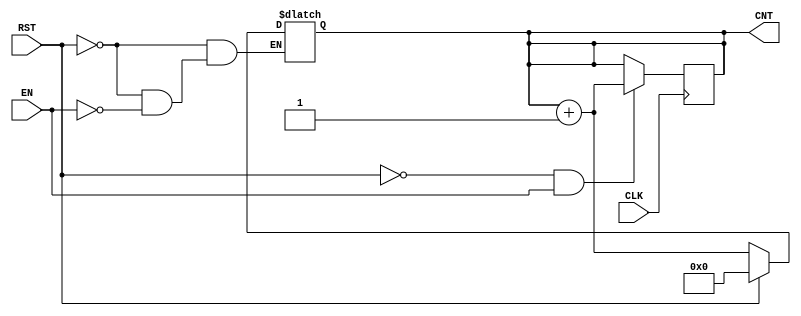
module dynamic_asynchronous_counter #(
    parameter WIDTH = 4 // Define the width of the counter
)(
    input wire CLK,      // Clock input
    input wire RST,      // Asynchronous Reset
    input wire EN,       // Enable count signal
    output reg [WIDTH-1:0] CNT // Current count output
);

    // Always block for the asynchronous reset
    always @* begin
        if (RST) begin
            CNT = 0; // Reset count to zero immediately
        end else if (EN) begin
            // Increment logic; counting on rising edge of clock
            CNT = CNT + 1; // Increment if enabled
        end
        // If both RST is low and EN is low, retain current value of CNT
    end

    // Always block for the clock edge
    always @(posedge CLK) begin
        if (!RST && EN) begin
            // Update the count only on the rising edge of the clock if EN is high
            CNT <= CNT + 1; // Perform increment on clock edge
        end
    end

endmodule